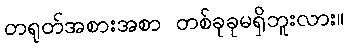
တရုတ်အစားအစာ တစ်ခုခုမရှိဘူးလား။